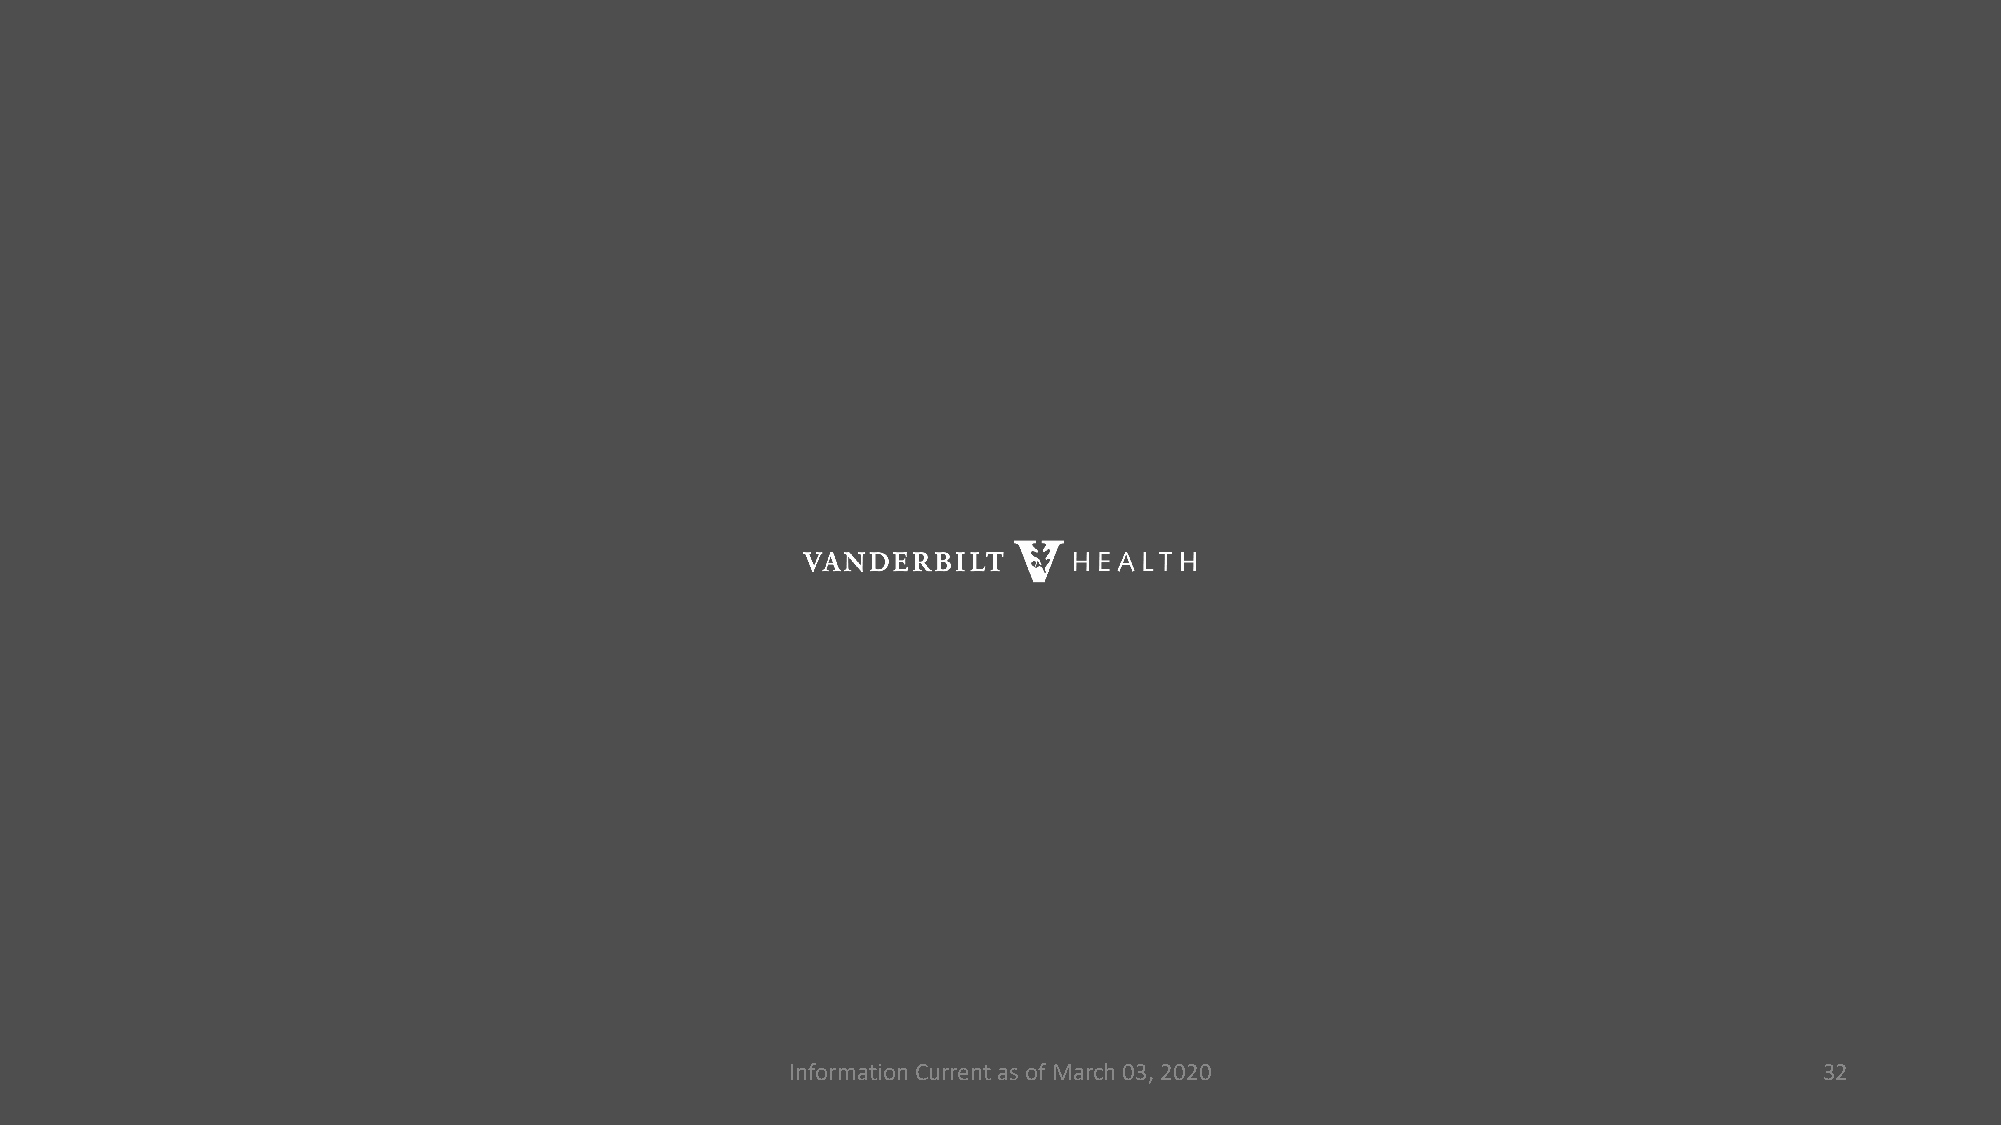
Information Current as of March 03, 2020                             32